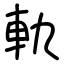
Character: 軌